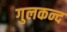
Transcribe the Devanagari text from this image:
गुलकन्द